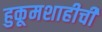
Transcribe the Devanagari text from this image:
हुकूमशाहीची